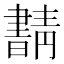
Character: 𰗂